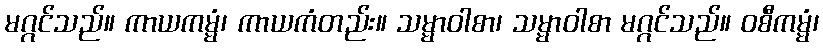
မဂ္ဂင်သည်။ ကာယကမ္မံ၊ ကာယကံတည်း။ သမ္မာဝါစာ၊ သမ္မာဝါစာ မဂ္ဂင်သည်။ ဝစီကမ္မံ၊